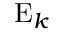
\mathrm { E } _ { k }